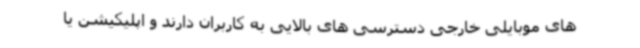
های موبایلی خارجی دسترسی های بالایی به کاربران دارند و اپلیکیشن یا